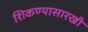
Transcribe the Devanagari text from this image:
शिकण्यासारखी